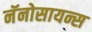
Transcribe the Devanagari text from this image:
नॅनोसायन्स